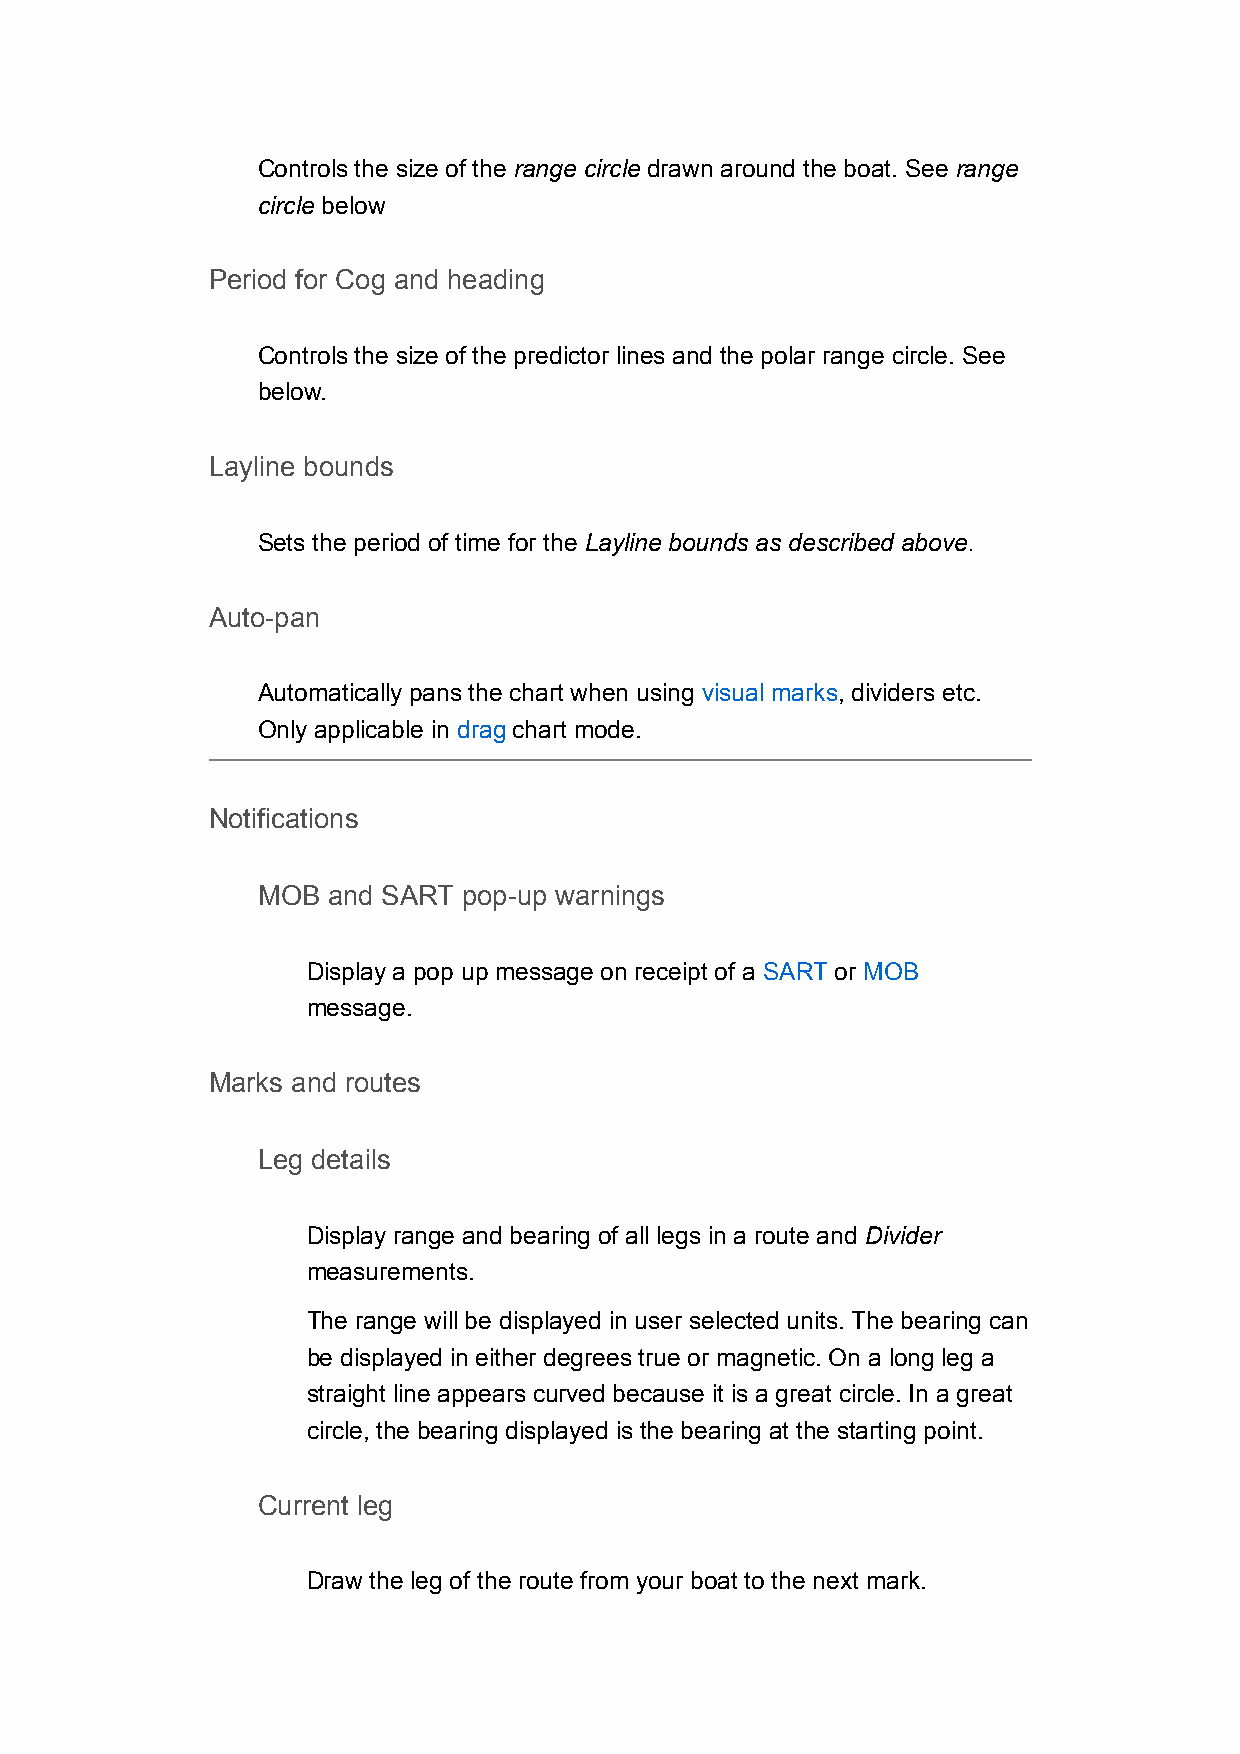
Controls the size of the range circle drawn around the boat. See range
 circle below
 Period for Cog and heading
 Controls the size of the predictor lines and the polar range circle. See
 below.
 Layline bounds
 Sets the period of time for the Layline bounds as described above.
 Auto-pan
 Automatically pans the chart when using visual marks, dividers etc.
 Only applicable in drag chart mode.
 Notifications
 MOB  and SART pop-up warnings
 Display a pop up message on receipt of a SART or MOB
 message.
 Marks and routes
 Leg details
 Display range and bearing of all legs in a route and Divider
 measurements.
 The range will be displayed in user selected units. The bearing can
 be displayed in either degrees true or magnetic. On a long leg a
 straight line appears curved because it is a great circle. In a great
 circle, the bearing displayed is the bearing at the starting point.
 Current leg
 Draw the leg of the route from your boat to the next mark.